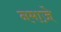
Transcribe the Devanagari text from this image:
नमाजे़